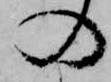
の